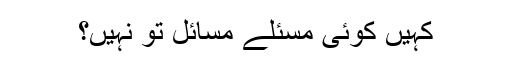
کہیں کوئی مسئلے مسائل تو نہیں؟